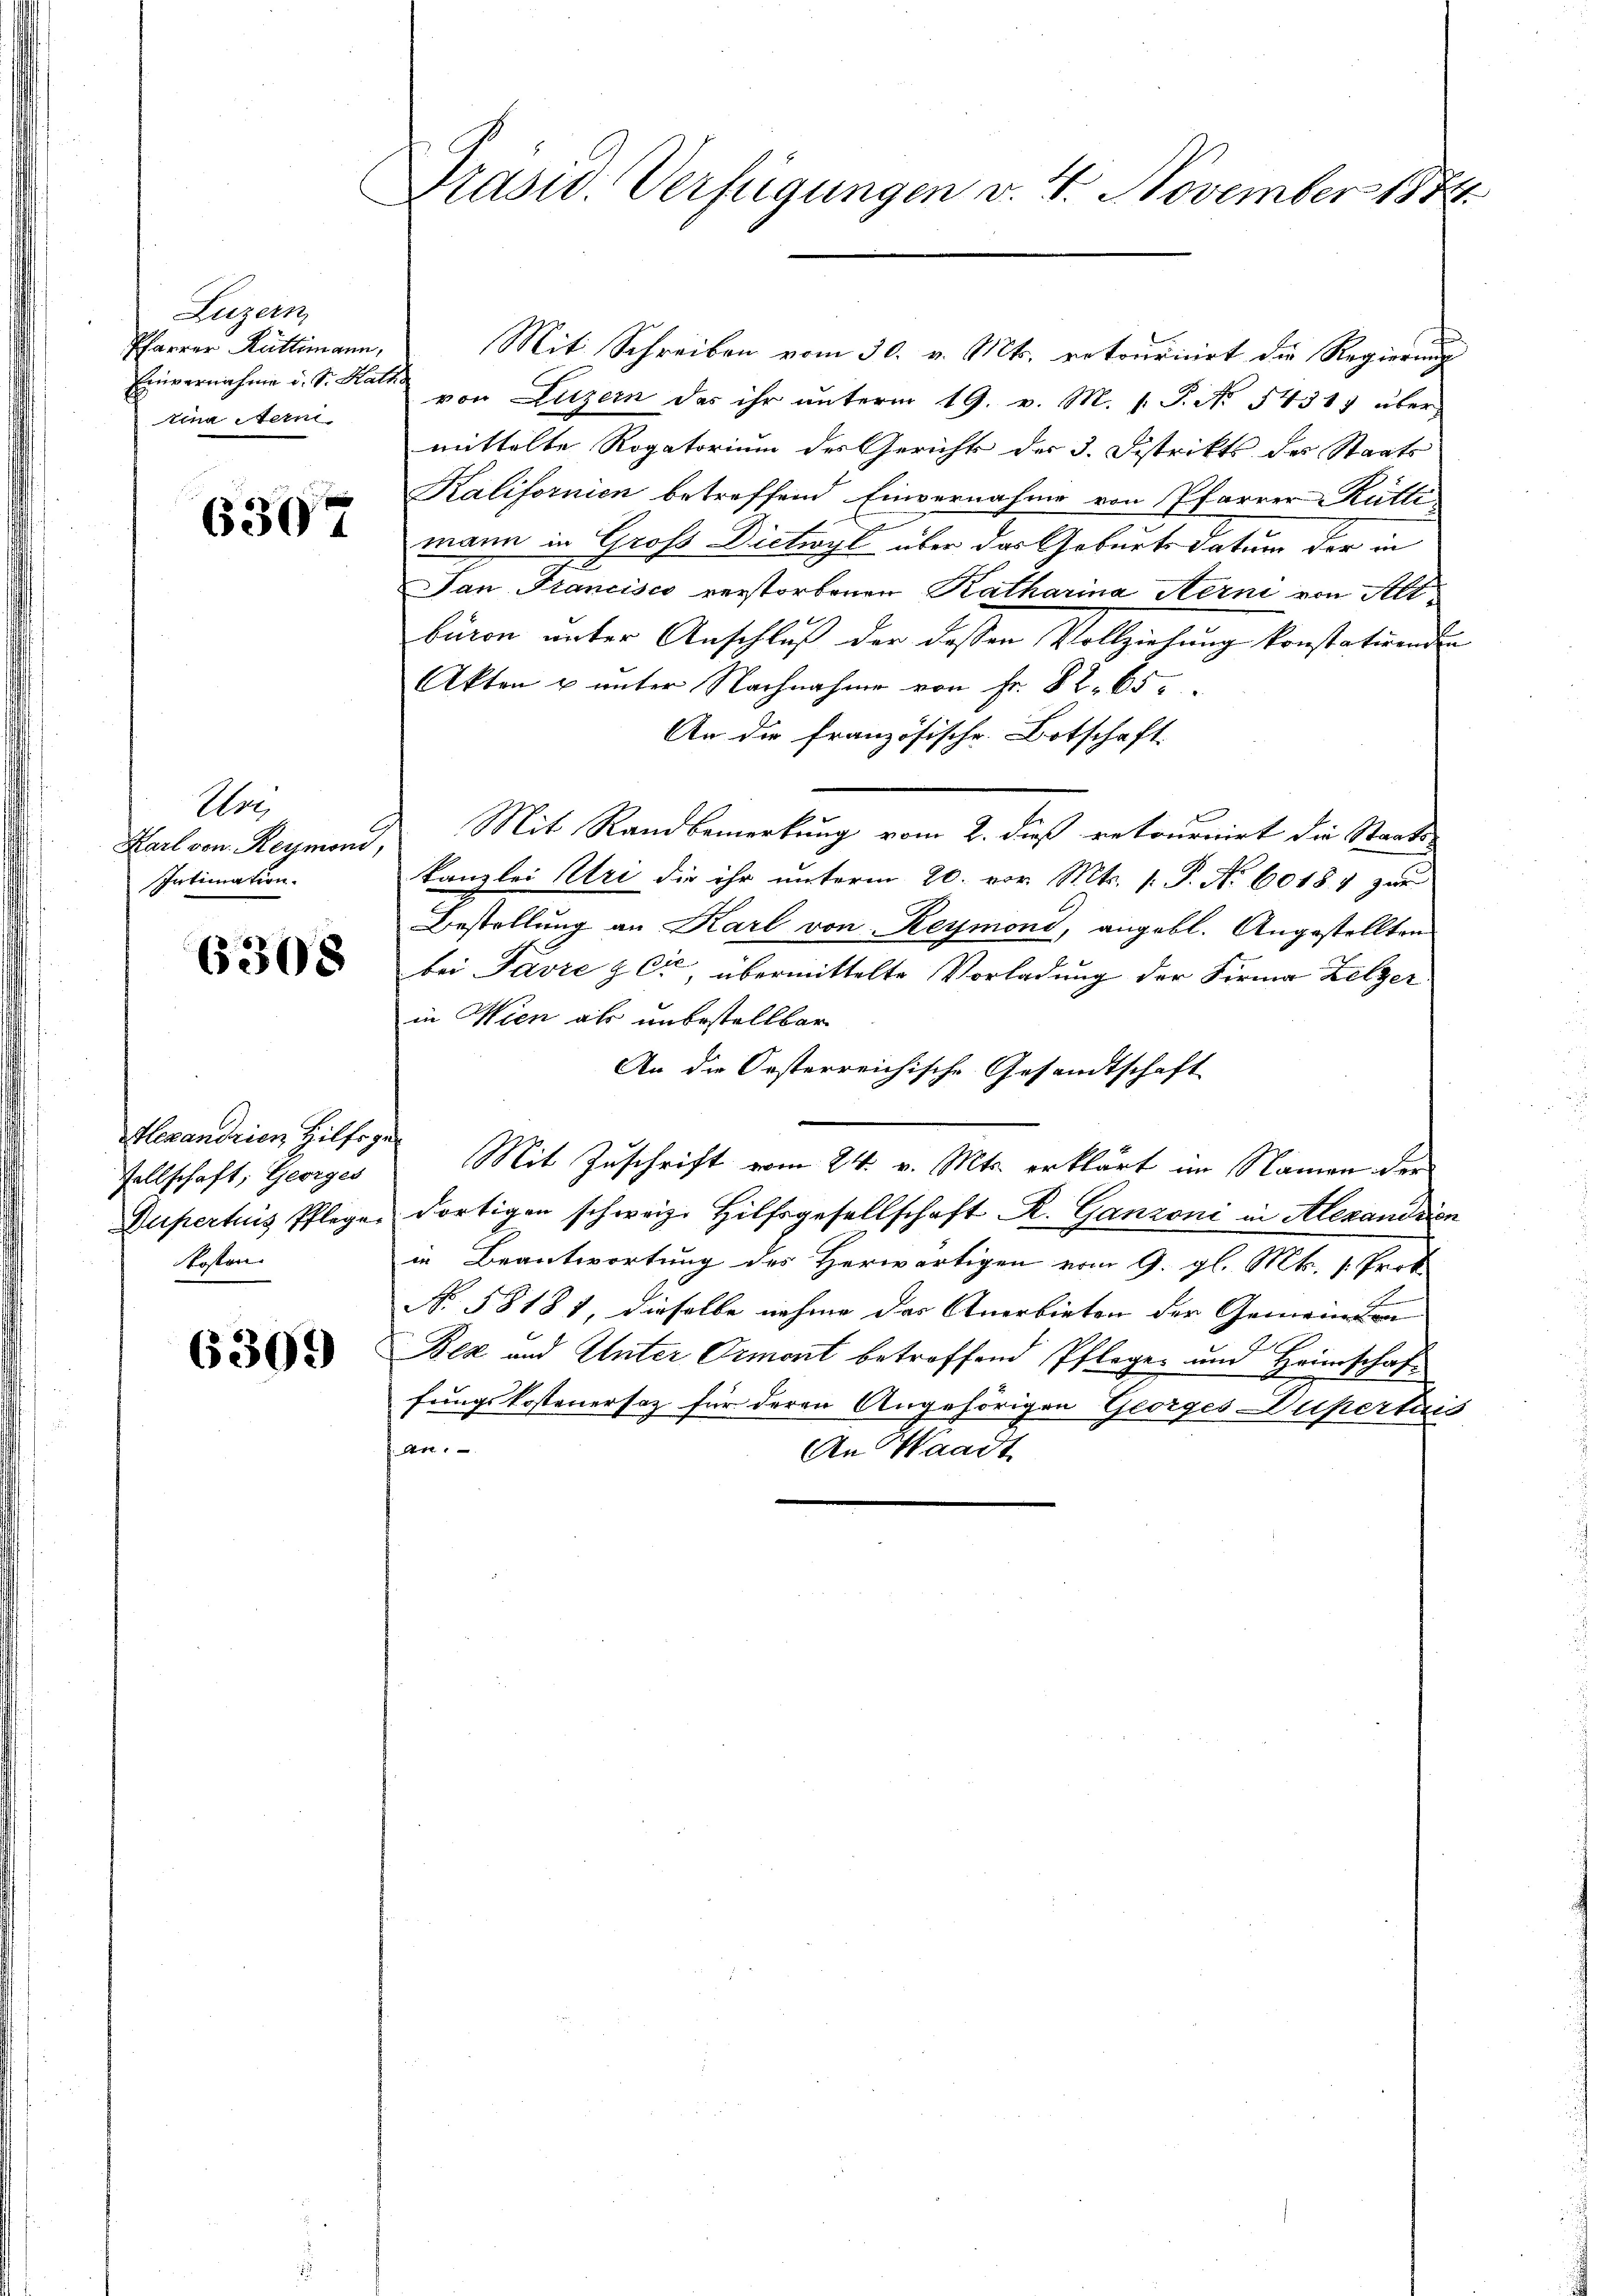
Luzern,
Pfarrer Rüttimann,
Einvernahme d. Sr. Kath.
tina ein

6307

Are
Karl von Reymond,
Intimation.

6308

Hexandrien Hilfsgesellschaft, Georges
Dupertus Pflege.
Koster

6309

Präsid. Verfügungen v. 7. November 1874.

Mit Schreiben vom 30. v. Mts. retouririrt die Regierungsvon Luzern das ihr unterm 19. v. M. 1. P. No 14317 über
mittelte Rogatorium des Gerichts der 3. Distrikts des Staats
Kalifornien betreffend Einvernahme von Pfarrer Rütti
mann in Grofs Dictioyl über das Geburts datum der in
San Francisco verstorbenen Katharina Kern von Alte
büren unter Anschluß der dassen Vollziehung konstatirenden
Akten u unter Nachnahme von Fr. 82. 65
An die französische Botschaft.
Mit Randbemerkung vom 2. dieß retournirt die Staats-
kanzlei Uri die ihr unterm 20. vor. Mts. 1. P. Nr. 60184 zur
Bestellung an Karl von Reymond, angebl. Angestellten
E
bei Favre z Cr, übermittelte Vorladung der Firma Zelzer
in Wien als unbestellbar
An die Oesterreichische Gesandtschaft
Mit Zuschrift vom 24. v. Mts. erklärt im Namen der
dortigen schweiz. Hilfsgesellschaft R. Ganzoni in Alexandrien
in Beantwortung des Herwärtigen vom 9. gl. Mts. [Prok
No. 58181, dieselbe nahme das Anerbieten der Gemeinden
Bea und Unter Ormont betroffend Pfleger und Heimschaft
fungskostenersaz für deren Angehörigen Georges Dupertais
n
An Waadt